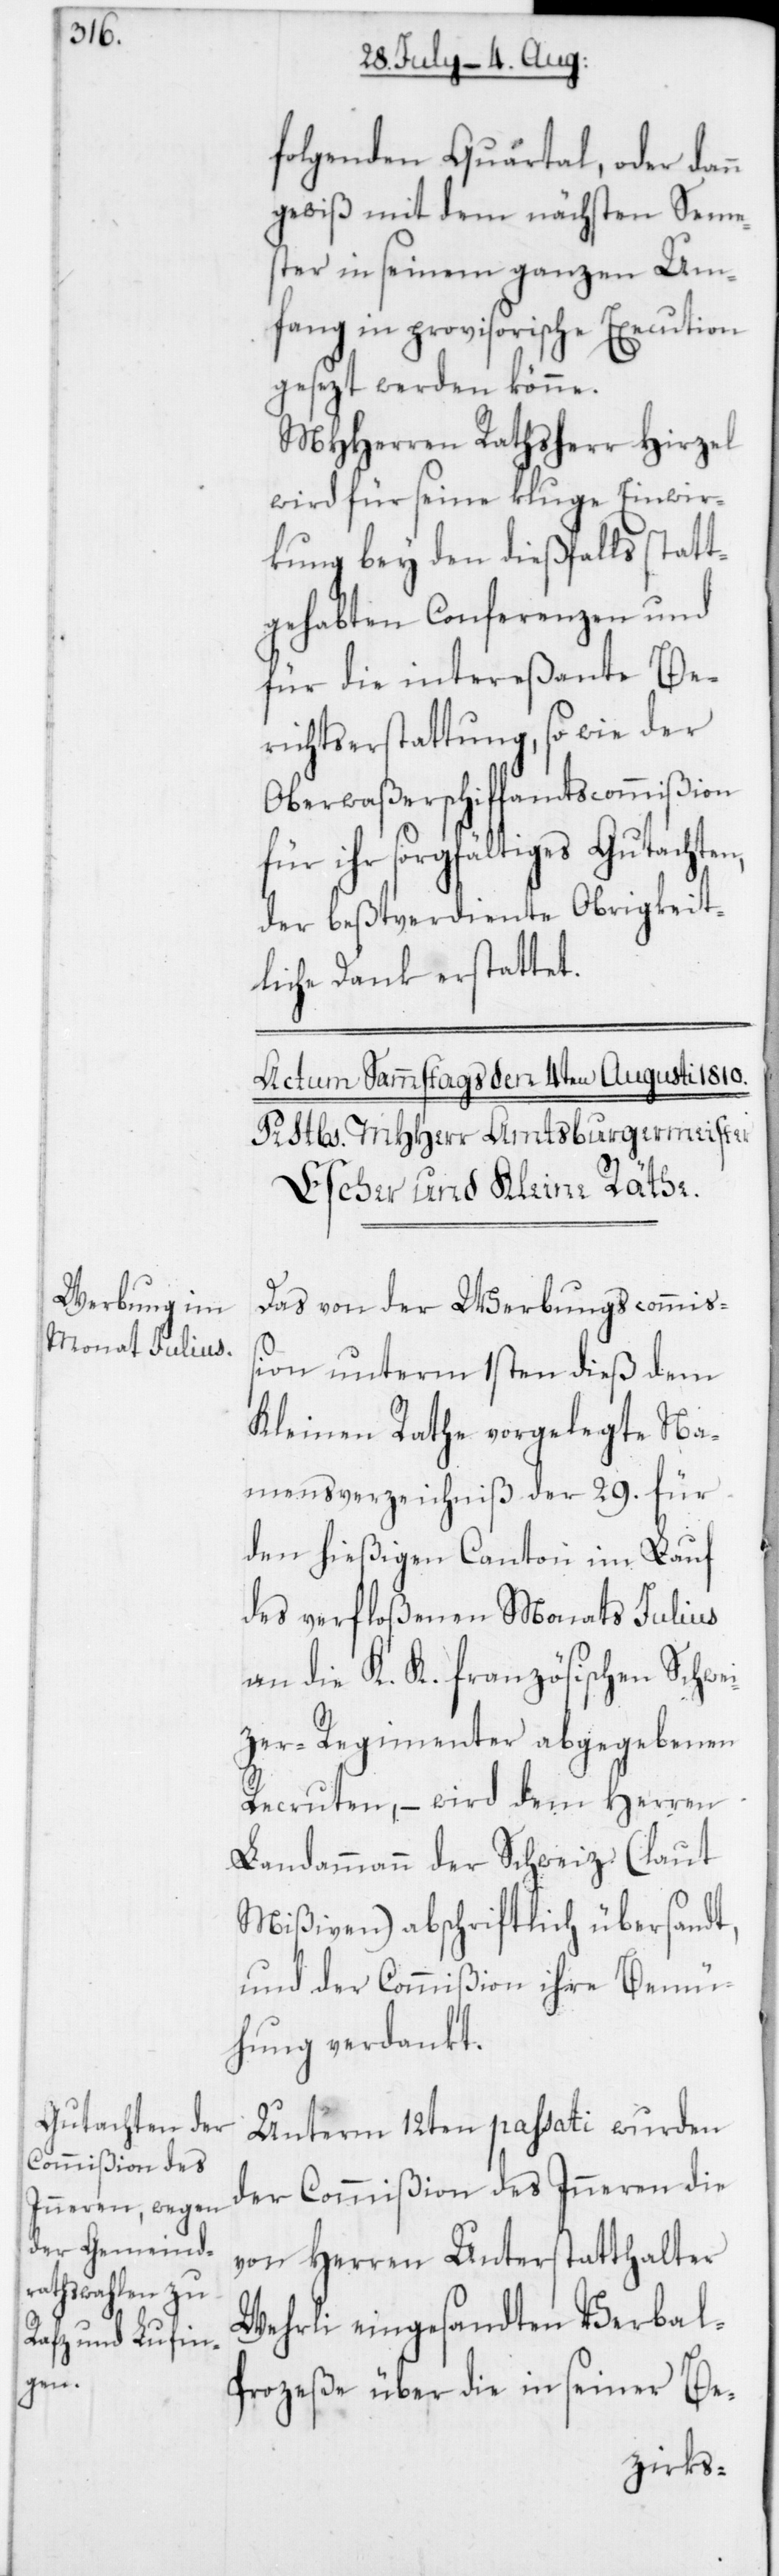
n

folgenden Quartal, oder dan¬
gewiß mit dem nächsten Seme¬
ster in seinem ganzen Um¬
fang in provisorische Execution
gesezt werden könne.
MHHerren Rathsherr Hirzel
wird für seine kluge Einwir¬
kung bey den dießfalls statt¬
gehabten Conferenzen und
für die intereßante Be¬
richtserstattung, sowie der
Oberwaßerschiffamtscommißion
für ihr sorgfältiges Gutachten,
der beßtverdiente Obrigkeit¬
liche Dank erstattet.
Das von der Werbungscommiß¬
ion unterm 1sten dieß dem
Kleinen Rathe vorgelegte Na¬
mensverzeichniß der 29. für
den hießigen Canton im Lauf
des verfloßenen Monats Julius
an die K. K. französischen Schwe¬
izer-Regimenter abgegebenen
Recruten, – wird dem Herren
Landammann der Schweiz (laut
Mißiven) abschriftlich übersandt,
und der Commißion ihre Bemü¬
hung verdankt.
Unterm 12ten passati wurden
der Commißion des Inneren die
von Herren Unterstatthalter
Wehrli eingesandten Verbal-P¬
rozeße über die in seiner Be-